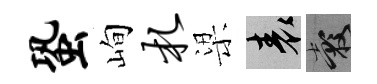
蛩峋札梁表穀